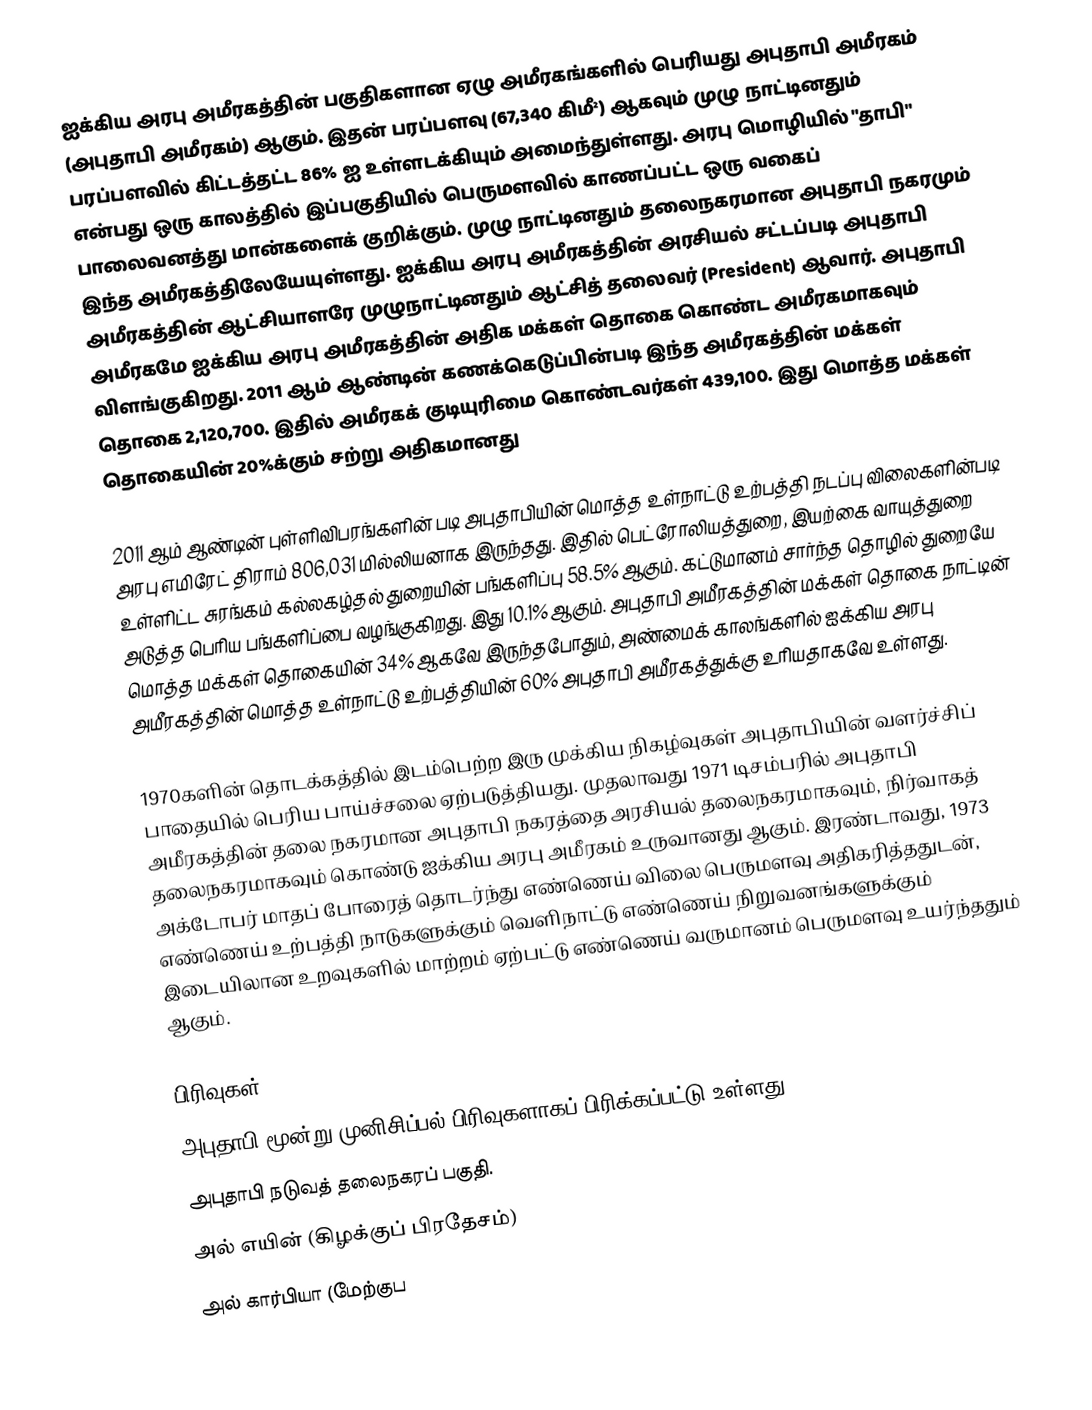
ஐக்கிய அரபு அமீரகத்தின் பகுதிகளான ஏழு அமீரகங்களில் பெரியது அபுதாபி அமீரகம் (அபுதாபி அமீரகம்) ஆகும். இதன் பரப்பளவு (67,340 கிமீ²) ஆகவும் முழு நாட்டினதும் பரப்பளவில் கிட்டத்தட்ட 86% ஐ உள்ளடக்கியும் அமைந்துள்ளது. அரபு மொழியில் "தாபி" என்பது ஒரு காலத்தில் இப்பகுதியில் பெருமளவில் காணப்பட்ட ஒரு வகைப் பாலைவனத்து மான்களைக் குறிக்கும். முழு நாட்டினதும் தலைநகரமான அபுதாபி நகரமும் இந்த அமீரகத்திலேயேயுள்ளது. ஐக்கிய அரபு அமீரகத்தின் அரசியல் சட்டப்படி அபுதாபி அமீரகத்தின் ஆட்சியாளரே முழுநாட்டினதும் ஆட்சித் தலைவர் (President) ஆவார். அபுதாபி அமீரகமே ஐக்கிய அரபு அமீரகத்தின் அதிக மக்கள் தொகை கொண்ட அமீரகமாகவும் விளங்குகிறது. 2011 ஆம் ஆண்டின் கணக்கெடுப்பின்படி இந்த அமீரகத்தின் மக்கள் தொகை 2,120,700. இதில் அமீரகக் குடியுரிமை கொண்டவர்கள் 439,100. இது மொத்த மக்கள் தொகையின் 20%க்கும் சற்று அதிகமானது

2011 ஆம் ஆண்டின் புள்ளிவிபரங்களின் படி அபுதாபியின் மொத்த உள்நாட்டு உற்பத்தி நடப்பு விலைகளின்படி அரபு எமிரேட் திராம் 806,031 மில்லியனாக இருந்தது. இதில் பெட்ரோலியத்துறை, இயற்கை வாயுத்துறை உள்ளிட்ட சுரங்கம் கல்லகழ்தல் துறையின் பங்களிப்பு 58.5% ஆகும். கட்டுமானம் சார்ந்த தொழில் துறையே அடுத்த பெரிய பங்களிப்பை வழங்குகிறது. இது 10.1% ஆகும். அபுதாபி அமீரகத்தின் மக்கள் தொகை நாட்டின் மொத்த மக்கள் தொகையின் 34% ஆகவே இருந்தபோதும், அண்மைக் காலங்களில் ஐக்கிய அரபு அமீரகத்தின் மொத்த உள்நாட்டு உற்பத்தியின் 60% அபுதாபி அமீரகத்துக்கு உரியதாகவே உள்ளது.

1970களின் தொடக்கத்தில் இடம்பெற்ற இரு முக்கிய நிகழ்வுகள் அபுதாபியின் வளர்ச்சிப் பாதையில் பெரிய பாய்ச்சலை ஏற்படுத்தியது. முதலாவது 1971 டிசம்பரில் அபுதாபி அமீரகத்தின் தலை நகரமான அபுதாபி நகரத்தை அரசியல் தலைநகரமாகவும், நிர்வாகத் தலைநகரமாகவும் கொண்டு ஐக்கிய அரபு அமீரகம் உருவானது ஆகும். இரண்டாவது, 1973 அக்டோபர் மாதப் போரைத் தொடர்ந்து எண்ணெய் விலை பெருமளவு அதிகரித்ததுடன், எண்ணெய் உற்பத்தி நாடுகளுக்கும் வெளிநாட்டு எண்ணெய் நிறுவனங்களுக்கும் இடையிலான உறவுகளில் மாற்றம் ஏற்பட்டு எண்ணெய் வருமானம் பெருமளவு உயர்ந்ததும் ஆகும்.

பிரிவுகள்
அபுதாபி மூன்று முனிசிப்பல் பிரிவுகளாகப் பிரிக்கப்பட்டு உள்ளது.
 அபுதாபி நடுவத் தலைநகரப் பகுதி.
 அல் எயின் (கிழக்குப் பிரதேசம்)
 அல் கார்பியா (மேற்குப